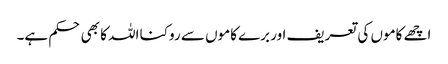
اچھے کاموں کی تعریف اور برے کاموں سے روکنا اللہ کا بھی حکم ہے۔